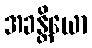
အခန္တိယော